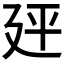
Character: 𪪭